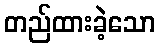
တည်ထားခဲ့သော